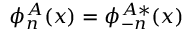
\phi _ { n } ^ { A } ( x ) = \phi _ { - n } ^ { A \ast } ( x )